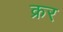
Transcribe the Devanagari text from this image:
क्रर